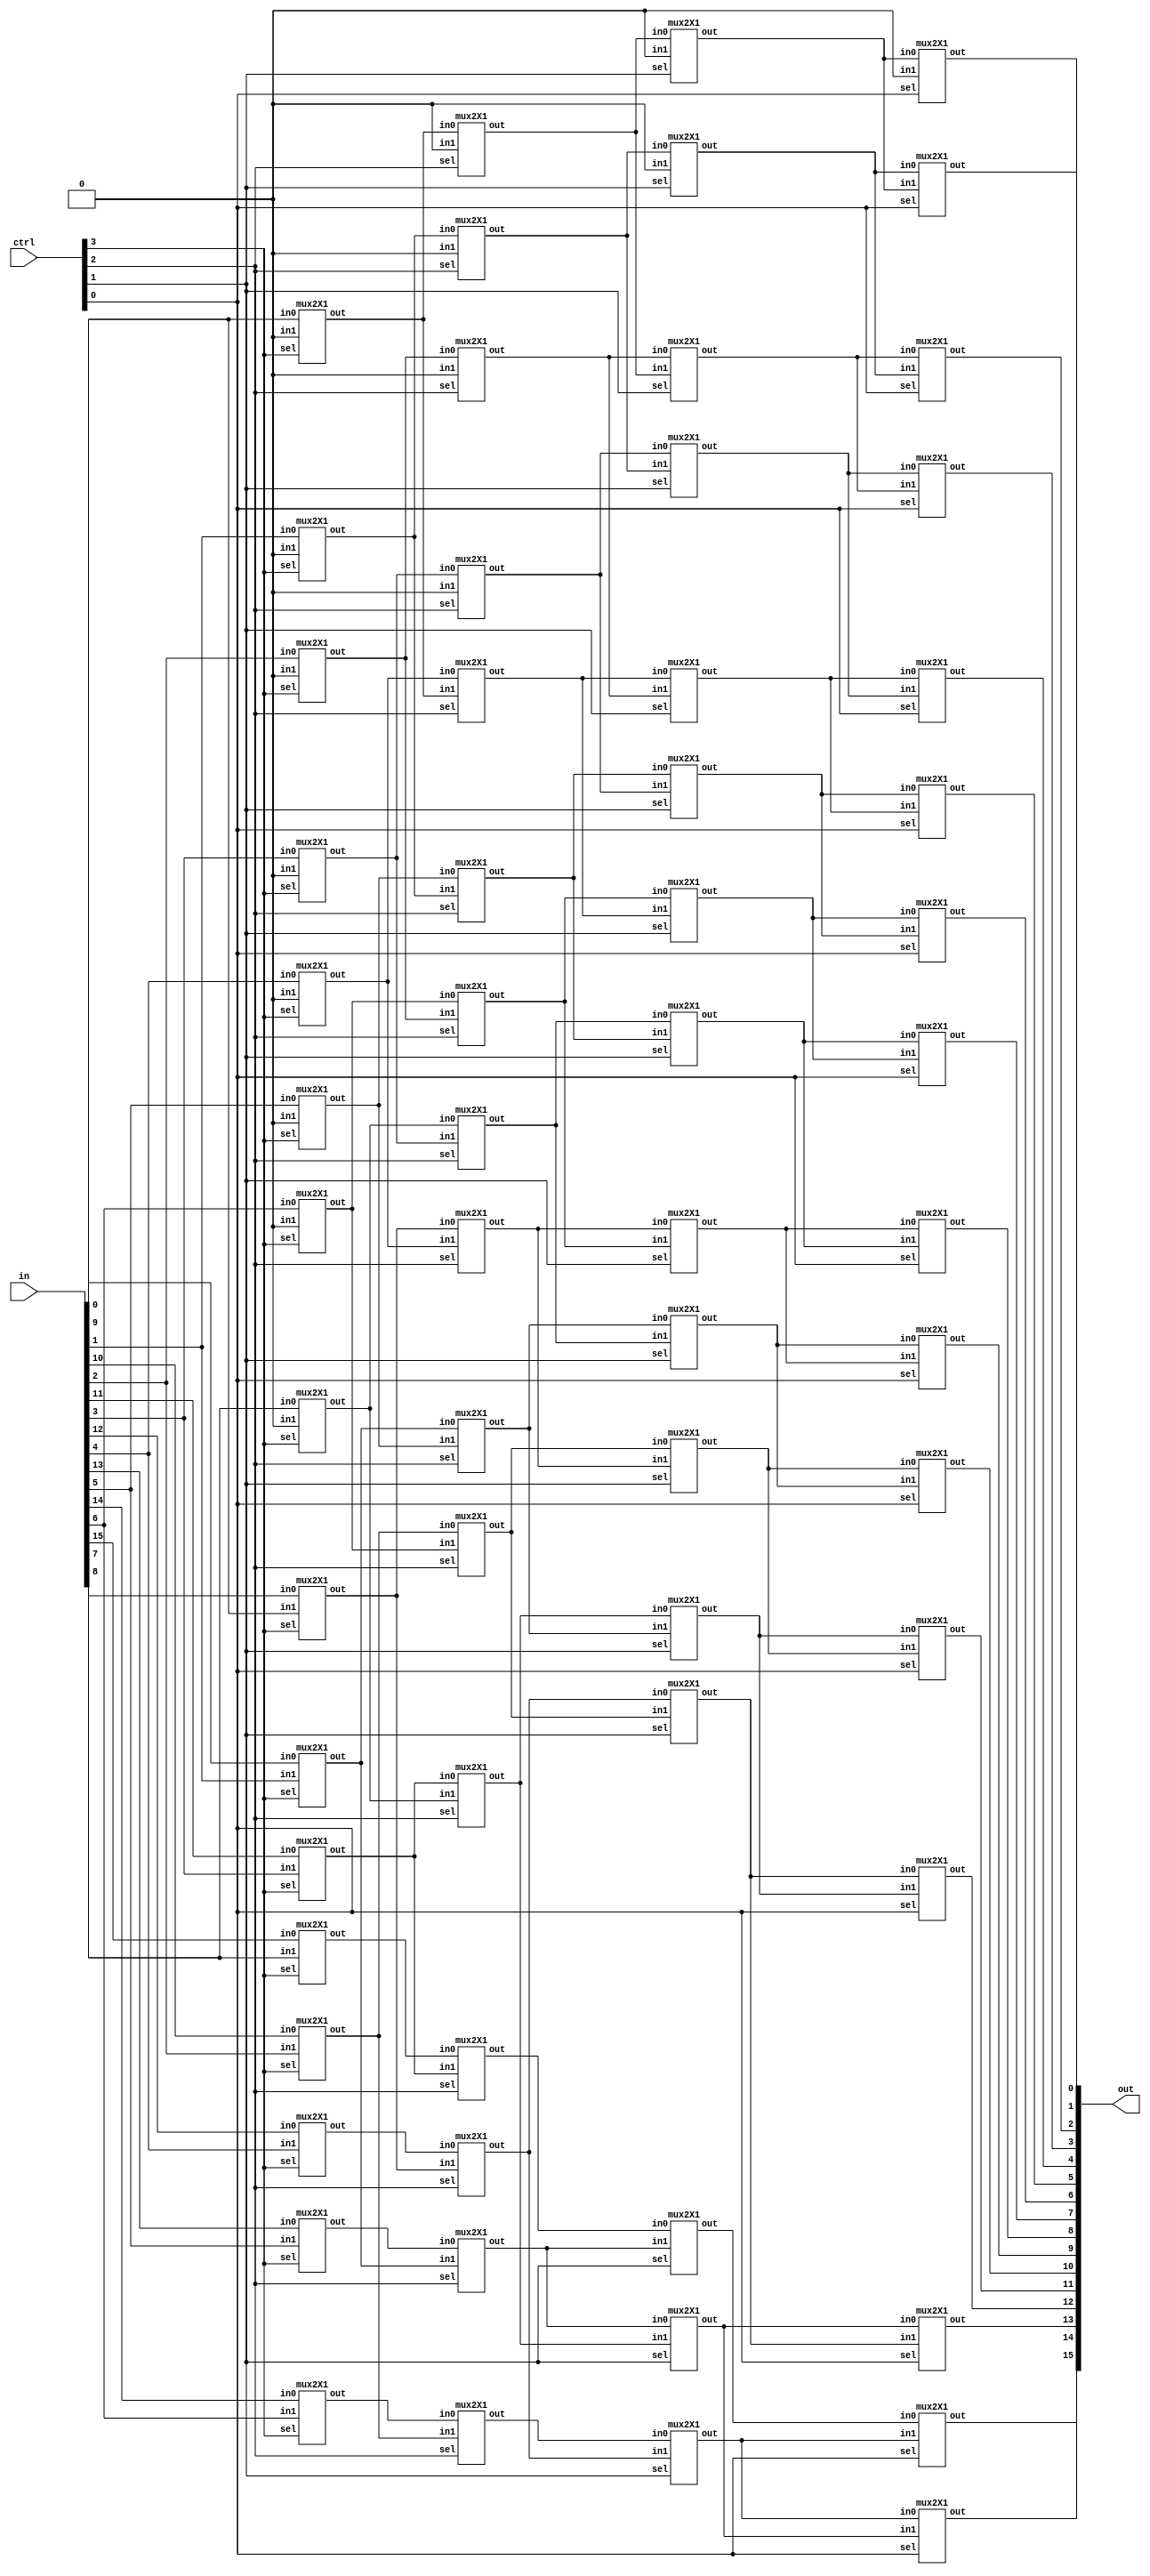

//16 bit barrel shifters
module barrel_shifter_left (input wire [15:0] in,input wire [3:0] ctrl,output wire [15:0] out);
  wire [0:15] x,y,z;


//1 bit shift left

mux2X1  ins_49 (.in0(y[0]),.in1(1'b0),.sel(ctrl[0]),.out(out[0]));
mux2X1  ins_50 (.in0(y[1]),.in1(y[0]),.sel(ctrl[0]),.out(out[1]));
mux2X1  ins_51 (.in0(y[2]),.in1(y[1]),.sel(ctrl[0]),.out(out[2]));
mux2X1  ins_52 (.in0(y[3]),.in1(y[2]),.sel(ctrl[0]),.out(out[3]));
mux2X1  ins_53 (.in0(y[4]),.in1(y[3]),.sel(ctrl[0]),.out(out[4]));
mux2X1  ins_54 (.in0(y[5]),.in1(y[4]),.sel(ctrl[0]),.out(out[5]));
mux2X1  ins_55 (.in0(y[6]),.in1(y[5]),.sel(ctrl[0]),.out(out[6]));
mux2X1  ins_56 (.in0(y[7]),.in1(y[6]),.sel(ctrl[0]),.out(out[7]));
mux2X1  ins_57 (.in0(y[8]),.in1(y[7]),.sel(ctrl[0]),.out(out[8]));
mux2X1  ins_58 (.in0(y[9]),.in1(y[8]),.sel(ctrl[0]),.out(out[9]));
mux2X1  ins_59 (.in0(y[10]),.in1(y[9]),.sel(ctrl[0]),.out(out[10]));
mux2X1  ins_60 (.in0(y[11]),.in1(y[10]),.sel(ctrl[0]),.out(out[11]));
mux2X1  ins_61 (.in0(y[12]),.in1(y[11]),.sel(ctrl[0]),.out(out[12]));
mux2X1  ins_62 (.in0(y[13]),.in1(y[12]),.sel(ctrl[0]),.out(out[13]));
mux2X1  ins_63 (.in0(y[14]),.in1(y[13]),.sel(ctrl[0]),.out(out[14]));
mux2X1  ins_64 (.in0(y[15]),.in1(y[14]),.sel(ctrl[0]),.out(out[15]));


//2 bit shift left
mux2X1  ins_33 (.in0(x[0]),.in1(1'b0),.sel(ctrl[1]),.out(y[0]));
mux2X1  ins_34 (.in0(x[1]),.in1(1'b0),.sel(ctrl[1]),.out(y[1]));
mux2X1  ins_35 (.in0(x[2]),.in1(x[0]),.sel(ctrl[1]),.out(y[2]));
mux2X1  ins_36 (.in0(x[3]),.in1(x[1]),.sel(ctrl[1]),.out(y[3]));
mux2X1  ins_37 (.in0(x[4]),.in1(x[2]),.sel(ctrl[1]),.out(y[4]));
mux2X1  ins_38 (.in0(x[5]),.in1(x[3]),.sel(ctrl[1]),.out(y[5]));
mux2X1  ins_39 (.in0(x[6]),.in1(x[4]),.sel(ctrl[1]),.out(y[6]));
mux2X1  ins_40 (.in0(x[7]),.in1(x[5]),.sel(ctrl[1]),.out(y[7]));
mux2X1  ins_41 (.in0(x[8]),.in1(x[6]),.sel(ctrl[1]),.out(y[8]));
mux2X1  ins_42 (.in0(x[9]),.in1(x[7]),.sel(ctrl[1]),.out(y[9]));
mux2X1  ins_43 (.in0(x[10]),.in1(x[8]),.sel(ctrl[1]),.out(y[10]));
mux2X1  ins_44 (.in0(x[11]),.in1(x[9]),.sel(ctrl[1]),.out(y[11]));
mux2X1  ins_45 (.in0(x[12]),.in1(x[10]),.sel(ctrl[1]),.out(y[12]));
mux2X1  ins_46 (.in0(x[13]),.in1(x[11]),.sel(ctrl[1]),.out(y[13]));
mux2X1  ins_47 (.in0(x[14]),.in1(x[12]),.sel(ctrl[1]),.out(y[14]));
mux2X1  ins_48 (.in0(x[15]),.in1(x[13]),.sel(ctrl[1]),.out(y[15]));

//4bit shift left
mux2X1  ins_17 (.in0(z[0]),.in1(1'b0),.sel(ctrl[2]),.out(x[0]));
mux2X1  ins_18(.in0(z[1]),.in1(1'b0),.sel(ctrl[2]),.out(x[1]));
mux2X1  ins_19 (.in0(z[2]),.in1(1'b0),.sel(ctrl[2]),.out(x[2]));
mux2X1  ins_20 (.in0(z[3]),.in1(1'b0),.sel(ctrl[2]),.out(x[3]));
mux2X1  ins_21 (.in0(z[4]),.in1(z[0]),.sel(ctrl[2]),.out(x[4]));
mux2X1  ins_22 (.in0(z[5]),.in1(z[1]),.sel(ctrl[2]),.out(x[5]));
mux2X1  ins_23 (.in0(z[6]),.in1(z[2]),.sel(ctrl[2]),.out(x[6]));
mux2X1  ins_24 (.in0(z[7]),.in1(z[3]),.sel(ctrl[2]),.out(x[7]));
mux2X1  ins_25 (.in0(z[8]),.in1(z[4]),.sel(ctrl[2]),.out(x[8]));
mux2X1  ins_26 (.in0(z[9]),.in1(z[5]),.sel(ctrl[2]),.out(x[9]));
mux2X1  ins_27 (.in0(z[10]),.in1(z[6]),.sel(ctrl[2]),.out(x[10]));
mux2X1  ins_28 (.in0(z[11]),.in1(z[7]),.sel(ctrl[2]),.out(x[11]));
mux2X1  ins_29 (.in0(z[12]),.in1(z[8]),.sel(ctrl[2]),.out(x[12]));
mux2X1  ins_30 (.in0(z[13]),.in1(z[9]),.sel(ctrl[2]),.out(x[13]));
mux2X1  ins_31 (.in0(z[14]),.in1(z[10]),.sel(ctrl[2]),.out(x[14]));
mux2X1  ins_32 (.in0(z[15]),.in1(z[11]),.sel(ctrl[2]),.out(x[15]));
 
 
//8bit shift left
mux2X1  ins_1 (.in0(in[0]),.in1(1'b0),.sel(ctrl[3]),.out(z[0]));
mux2X1  ins_2 (.in0(in[1]),.in1(1'b0),.sel(ctrl[3]),.out(z[1]));
mux2X1  ins_3 (.in0(in[2]),.in1(1'b0),.sel(ctrl[3]),.out(z[2]));
mux2X1  ins_4 (.in0(in[3]),.in1(1'b0),.sel(ctrl[3]),.out(z[3]));
mux2X1  ins_5 (.in0(in[4]),.in1(1'b0),.sel(ctrl[3]),.out(z[4]));
mux2X1  ins_6 (.in0(in[5]),.in1(1'b0),.sel(ctrl[3]),.out(z[5]));
mux2X1  ins_7 (.in0(in[6]),.in1(1'b0),.sel(ctrl[3]),.out(z[6]));
mux2X1  ins_8 (.in0(in[7]),.in1(1'b0),.sel(ctrl[3]),.out(z[7]));
mux2X1  ins_9 (.in0(in[8]),.in1(in[0]),.sel(ctrl[3]),.out(z[8]));
mux2X1  ins_10 (.in0(in[9]),.in1(in[1]),.sel(ctrl[3]),.out(z[9]));
mux2X1  ins_11 (.in0(in[10]),.in1(in[2]),.sel(ctrl[3]),.out(z[10]));
mux2X1  ins_12 (.in0(in[11]),.in1(in[3]),.sel(ctrl[3]),.out(z[11]));
mux2X1  ins_13 (.in0(in[12]),.in1(in[4]),.sel(ctrl[3]),.out(z[12]));
mux2X1  ins_14 (.in0(in[13]),.in1(in[5]),.sel(ctrl[3]),.out(z[13]));
mux2X1  ins_15 (.in0(in[14]),.in1(in[6]),.sel(ctrl[3]),.out(z[14]));
mux2X1  ins_16 (.in0(in[15]),.in1(in[7]),.sel(ctrl[3]),.out(z[15]));
 
 



 
endmodule



module rotator_left (input wire [15:0] in,input wire [3:0] ctrl,output wire [15:0] out);

  wire [0:15] x,y,z;
  
  //1 bit rotate 
mux2X1  ins_49 (.in0(y[0]),.in1(y[15]),.sel(ctrl[0]),.out(out[0]));
mux2X1  ins_50 (.in0(y[1]),.in1(y[0]),.sel(ctrl[0]),.out(out[1]));
mux2X1  ins_51 (.in0(y[2]),.in1(y[1]),.sel(ctrl[0]),.out(out[2]));
mux2X1  ins_52 (.in0(y[3]),.in1(y[2]),.sel(ctrl[0]),.out(out[3]));
mux2X1  ins_53 (.in0(y[4]),.in1(y[3]),.sel(ctrl[0]),.out(out[4]));
mux2X1  ins_54 (.in0(y[5]),.in1(y[4]),.sel(ctrl[0]),.out(out[5]));
mux2X1  ins_55 (.in0(y[6]),.in1(y[5]),.sel(ctrl[0]),.out(out[6]));
mux2X1  ins_56 (.in0(y[7]),.in1(y[6]),.sel(ctrl[0]),.out(out[7]));
mux2X1  ins_57 (.in0(y[8]),.in1(y[7]),.sel(ctrl[0]),.out(out[8]));
mux2X1  ins_58 (.in0(y[9]),.in1(y[8]),.sel(ctrl[0]),.out(out[9]));
mux2X1  ins_59 (.in0(y[10]),.in1(y[9]),.sel(ctrl[0]),.out(out[10]));
mux2X1  ins_60 (.in0(y[11]),.in1(y[10]),.sel(ctrl[0]),.out(out[11]));
mux2X1  ins_61 (.in0(y[12]),.in1(y[11]),.sel(ctrl[0]),.out(out[12]));
mux2X1  ins_62 (.in0(y[13]),.in1(y[12]),.sel(ctrl[0]),.out(out[13]));
mux2X1  ins_63 (.in0(y[14]),.in1(y[13]),.sel(ctrl[0]),.out(out[14]));
mux2X1  ins_64 (.in0(y[15]),.in1(y[14]),.sel(ctrl[0]),.out(out[15]));

//2 bit rotate 
 
mux2X1  ins_33 (.in0(x[0]),.in1(x[14]),.sel(ctrl[1]),.out(y[0]));
mux2X1  ins_34 (.in0(x[1]),.in1(x[15]),.sel(ctrl[1]),.out(y[1]));
mux2X1  ins_35 (.in0(x[2]),.in1(x[0]),.sel(ctrl[1]),.out(y[2]));
mux2X1  ins_36 (.in0(x[3]),.in1(x[1]),.sel(ctrl[1]),.out(y[3]));
mux2X1  ins_37 (.in0(x[4]),.in1(x[2]),.sel(ctrl[1]),.out(y[4]));
mux2X1  ins_38 (.in0(x[5]),.in1(x[3]),.sel(ctrl[1]),.out(y[5]));
mux2X1  ins_39 (.in0(x[6]),.in1(x[4]),.sel(ctrl[1]),.out(y[6]));
mux2X1  ins_40 (.in0(x[7]),.in1(x[5]),.sel(ctrl[1]),.out(y[7]));
mux2X1  ins_41 (.in0(x[8]),.in1(x[6]),.sel(ctrl[1]),.out(y[8]));
mux2X1  ins_42 (.in0(x[9]),.in1(x[7]),.sel(ctrl[1]),.out(y[9]));
mux2X1  ins_43 (.in0(x[10]),.in1(x[8]),.sel(ctrl[1]),.out(y[10]));
mux2X1  ins_44 (.in0(x[11]),.in1(x[9]),.sel(ctrl[1]),.out(y[11]));
mux2X1  ins_45 (.in0(x[12]),.in1(x[10]),.sel(ctrl[1]),.out(y[12]));
mux2X1  ins_46 (.in0(x[13]),.in1(x[11]),.sel(ctrl[1]),.out(y[13]));
mux2X1  ins_47 (.in0(x[14]),.in1(x[12]),.sel(ctrl[1]),.out(y[14]));
mux2X1  ins_48 (.in0(x[15]),.in1(x[13]),.sel(ctrl[1]),.out(y[15]));

//4bit rotate
mux2X1  ins_17 (.in0(z[0]),.in1(z[12]),.sel(ctrl[2]),.out(x[0]));
mux2X1  ins_18 (.in0(z[1]),.in1(z[13]),.sel(ctrl[2]),.out(x[1]));
mux2X1  ins_19 (.in0(z[2]),.in1(z[14]),.sel(ctrl[2]),.out(x[2]));
mux2X1  ins_20 (.in0(z[3]),.in1(z[15]),.sel(ctrl[2]),.out(x[3]));
mux2X1  ins_21 (.in0(z[4]),.in1(z[0]),.sel(ctrl[2]),.out(x[4]));
mux2X1  ins_22 (.in0(z[5]),.in1(z[1]),.sel(ctrl[2]),.out(x[5]));
mux2X1  ins_23 (.in0(z[6]),.in1(z[2]),.sel(ctrl[2]),.out(x[6]));
mux2X1  ins_24 (.in0(z[7]),.in1(z[3]),.sel(ctrl[2]),.out(x[7]));
mux2X1  ins_25 (.in0(z[8]),.in1(z[4]),.sel(ctrl[2]),.out(x[8]));
mux2X1  ins_26 (.in0(z[9]),.in1(z[5]),.sel(ctrl[2]),.out(x[9]));
mux2X1  ins_27 (.in0(z[10]),.in1(z[6]),.sel(ctrl[2]),.out(x[10]));
mux2X1  ins_28 (.in0(z[11]),.in1(z[7]),.sel(ctrl[2]),.out(x[11]));
mux2X1  ins_29 (.in0(z[12]),.in1(z[8]),.sel(ctrl[2]),.out(x[12]));
mux2X1  ins_30 (.in0(z[13]),.in1(z[9]),.sel(ctrl[2]),.out(x[13]));
mux2X1  ins_31 (.in0(z[14]),.in1(z[10]),.sel(ctrl[2]),.out(x[14]));
mux2X1  ins_32 (.in0(z[15]),.in1(z[11]),.sel(ctrl[2]),.out(x[15]));
 
 
//8bit rotate 
mux2X1  ins_1 (.in0(in[0]),.in1(in[8]),.sel(ctrl[3]),.out(z[0]));
mux2X1  ins_2 (.in0(in[1]),.in1(in[9]),.sel(ctrl[3]),.out(z[1]));
mux2X1  ins_3 (.in0(in[2]),.in1(in[10]),.sel(ctrl[3]),.out(z[2]));
mux2X1  ins_4 (.in0(in[3]),.in1(in[11]),.sel(ctrl[3]),.out(z[3]));
mux2X1  ins_5 (.in0(in[4]),.in1(in[12]),.sel(ctrl[3]),.out(z[4]));
mux2X1  ins_6 (.in0(in[5]),.in1(in[13]),.sel(ctrl[3]),.out(z[5]));
mux2X1  ins_7 (.in0(in[6]),.in1(in[14]),.sel(ctrl[3]),.out(z[6]));
mux2X1  ins_8 (.in0(in[7]),.in1(in[15]),.sel(ctrl[3]),.out(z[7]));
mux2X1  ins_9 (.in0(in[8]),.in1(in[16]),.sel(ctrl[3]),.out(z[8]));
mux2X1  ins_10 (.in0(in[9]),.in1(in[0]),.sel(ctrl[3]),.out(z[9]));
mux2X1  ins_11 (.in0(in[10]),.in1(in[1]),.sel(ctrl[3]),.out(z[10]));
mux2X1  ins_12 (.in0(in[11]),.in1(in[3]),.sel(ctrl[3]),.out(z[11]));
mux2X1  ins_13 (.in0(in[12]),.in1(in[4]),.sel(ctrl[3]),.out(z[12]));
mux2X1  ins_14 (.in0(in[13]),.in1(in[5]),.sel(ctrl[3]),.out(z[13]));
mux2X1  ins_15 (.in0(in[14]),.in1(in[6]),.sel(ctrl[3]),.out(z[14]));
mux2X1  ins_16 (.in0(in[15]),.in1(in[7]),.sel(ctrl[3]),.out(z[15]));



 

 
endmodule


module barrel_shifter_right (input wire [15:0] in,input wire [3:0] ctrl,output wire [15:0] out);
  wire [15:0] x,y,z;




//1 bit shift right
mux2X1  ins_49 (.in0(y[15]),.in1(1'b0),.sel(ctrl[0]),.out(out[15]));
mux2X1  ins_50 (.in0(y[14]),.in1(y[15]),.sel(ctrl[0]),.out(out[14]));
mux2X1  ins_51 (.in0(y[13]),.in1(y[14]),.sel(ctrl[0]),.out(out[13]));
mux2X1  ins_52 (.in0(y[12]),.in1(y[13]),.sel(ctrl[0]),.out(out[12]));
mux2X1  ins_53 (.in0(y[11]),.in1(y[12]),.sel(ctrl[0]),.out(out[11]));
mux2X1  ins_54 (.in0(y[10]),.in1(y[11]),.sel(ctrl[0]),.out(out[10]));
mux2X1  ins_55 (.in0(y[9]),.in1(y[10]),.sel(ctrl[0]),.out(out[9]));
mux2X1  ins_56 (.in0(y[8]),.in1(y[9]),.sel(ctrl[0]),.out(out[8]));
mux2X1  ins_57 (.in0(y[7]),.in1(y[8]),.sel(ctrl[0]),.out(out[7]));
mux2X1  ins_58 (.in0(y[6]),.in1(y[7]),.sel(ctrl[0]),.out(out[6]));
mux2X1  ins_59 (.in0(y[5]),.in1(y[6]),.sel(ctrl[0]),.out(out[5]));
mux2X1  ins_60 (.in0(y[4]),.in1(y[5]),.sel(ctrl[0]),.out(out[4]));
mux2X1  ins_61 (.in0(y[3]),.in1(y[4]),.sel(ctrl[0]),.out(out[3]));
mux2X1  ins_62 (.in0(y[2]),.in1(y[3]),.sel(ctrl[0]),.out(out[2]));
mux2X1  ins_63 (.in0(y[1]),.in1(y[2]),.sel(ctrl[0]),.out(out[1]));
mux2X1  ins_64 (.in0(y[0]),.in1(y[1]),.sel(ctrl[0]),.out(out[0]));

//2 bits shift right
 
mux2X1  ins_33 (.in0(x[15]),.in1(1'b0),.sel(ctrl[1]),.out(y[15]));
mux2X1  ins_34 (.in0(x[14]),.in1(1'b0),.sel(ctrl[1]),.out(y[14]));
mux2X1  ins_35 (.in0(x[13]),.in1(x[15]),.sel(ctrl[1]),.out(y[13]));
mux2X1  ins_36 (.in0(x[12]),.in1(x[14]),.sel(ctrl[1]),.out(y[12]));
mux2X1  ins_37 (.in0(x[11]),.in1(x[13]),.sel(ctrl[1]),.out(y[11]));
mux2X1  ins_38 (.in0(x[10]),.in1(x[12]),.sel(ctrl[1]),.out(y[10]));
mux2X1  ins_39 (.in0(x[9]),.in1(x[11]),.sel(ctrl[1]),.out(y[9]));
mux2X1  ins_40 (.in0(x[8]),.in1(x[10]),.sel(ctrl[1]),.out(y[8]));
mux2X1  ins_41 (.in0(x[7]),.in1(x[9]),.sel(ctrl[1]),.out(y[7]));
mux2X1  ins_42 (.in0(x[6]),.in1(x[8]),.sel(ctrl[1]),.out(y[6]));
mux2X1  ins_43 (.in0(x[5]),.in1(x[7]),.sel(ctrl[1]),.out(y[5]));
mux2X1  ins_44 (.in0(x[4]),.in1(x[6]),.sel(ctrl[1]),.out(y[4]));
mux2X1  ins_45 (.in0(x[3]),.in1(x[5]),.sel(ctrl[1]),.out(y[3]));
mux2X1  ins_46 (.in0(x[2]),.in1(x[4]),.sel(ctrl[1]),.out(y[2]));
mux2X1  ins_47 (.in0(x[1]),.in1(x[3]),.sel(ctrl[1]),.out(y[1]));
mux2X1  ins_48 (.in0(x[0]),.in1(x[2]),.sel(ctrl[1]),.out(y[0]));


//4bits shift right
mux2X1  ins_17 (.in0(z[15]),.in1(1'b0),.sel(ctrl[2]),.out(x[15]));
mux2X1  ins_18 (.in0(z[14]),.in1(1'b0),.sel(ctrl[2]),.out(x[14]));
mux2X1  ins_19 (.in0(z[13]),.in1(1'b0),.sel(ctrl[2]),.out(x[13]));
mux2X1  ins_20 (.in0(z[12]),.in1(1'b0),.sel(ctrl[2]),.out(x[12]));
mux2X1  ins_21 (.in0(z[11]),.in1(z[15]),.sel(ctrl[2]),.out(x[11]));
mux2X1  ins_22 (.in0(z[10]),.in1(z[14]),.sel(ctrl[2]),.out(x[10]));
mux2X1  ins_23 (.in0(z[9]),.in1(z[13]),.sel(ctrl[2]),.out(x[9]));
mux2X1  ins_24 (.in0(z[8]),.in1(z[12]),.sel(ctrl[2]),.out(x[8]));
mux2X1  ins_25 (.in0(z[7]),.in1(z[11]),.sel(ctrl[2]),.out(x[7]));
mux2X1  ins_26 (.in0(z[6]),.in1(z[10]),.sel(ctrl[2]),.out(x[6]));
mux2X1  ins_27 (.in0(z[5]),.in1(z[9]),.sel(ctrl[2]),.out(x[5]));
mux2X1  ins_28 (.in0(z[4]),.in1(z[8]),.sel(ctrl[2]),.out(x[4]));
mux2X1  ins_29 (.in0(z[3]),.in1(in[7]),.sel(ctrl[2]),.out(x[3]));
mux2X1  ins_30 (.in0(z[2]),.in1(in[6]),.sel(ctrl[2]),.out(x[2]));
mux2X1  ins_31 (.in0(z[1]),.in1(in[5]),.sel(ctrl[2]),.out(x[1]));
mux2X1  ins_32 (.in0(z[0]),.in1(in[4]),.sel(ctrl[2]),.out(x[0]));
 
//8bits shift right 
mux2X1  ins_1 (.in0(in[15]),.in1(1'b0),.sel(ctrl[3]),.out(z[15]));
mux2X1  ins_2 (.in0(in[14]),.in1(1'b0),.sel(ctrl[3]),.out(z[14]));
mux2X1  ins_3 (.in0(in[13]),.in1(1'b0),.sel(ctrl[3]),.out(z[13]));
mux2X1  ins_4 (.in0(in[12]),.in1(1'b0),.sel(ctrl[3]),.out(z[12]));
mux2X1  ins_5 (.in0(in[11]),.in1(1'b0),.sel(ctrl[3]),.out(z[11]));
mux2X1  ins_6 (.in0(in[10]),.in1(1'b0),.sel(ctrl[3]),.out(z[10]));
mux2X1  ins_7 (.in0(in[9]),.in1(1'b0),.sel(ctrl[3]),.out(z[9]));
mux2X1  ins_8 (.in0(in[8]),.in1(1'b0),.sel(ctrl[3]),.out(z[8]));
mux2X1  ins_9 (.in0(in[7]),.in1(in[15]),.sel(ctrl[3]),.out(z[7]));
mux2X1  ins_10 (.in0(in[6]),.in1(in[14]),.sel(ctrl[3]),.out(z[6]));
mux2X1  ins_11 (.in0(in[5]),.in1(in[13]),.sel(ctrl[3]),.out(z[5]));
mux2X1  ins_12 (.in0(in[4]),.in1(in[12]),.sel(ctrl[3]),.out(z[4]));
mux2X1  ins_13 (.in0(in[3]),.in1(in[11]),.sel(ctrl[3]),.out(z[3]));
mux2X1  ins_14 (.in0(in[2]),.in1(in[10]),.sel(ctrl[3]),.out(z[2]));
mux2X1  ins_15 (.in0(in[1]),.in1(in[9]),.sel(ctrl[3]),.out(z[1]));
mux2X1  ins_16 (.in0(in[0]),.in1(in[8]),.sel(ctrl[3]),.out(z[0]));
 

 


endmodule



module rotator_right (input wire [15:0] in,input wire [3:0] ctrl,output wire [15:0] out);
  wire [15:0] x,y,z;


//1 bit shift right
mux2X1  ins_49 (.in0(y[15]),.in1(y[0]),.sel(ctrl[0]),.out(out[15]));
mux2X1  ins_50 (.in0(y[14]),.in1(y[15]),.sel(ctrl[0]),.out(out[14]));
mux2X1  ins_51 (.in0(y[13]),.in1(y[14]),.sel(ctrl[0]),.out(out[13]));
mux2X1  ins_52 (.in0(y[12]),.in1(y[13]),.sel(ctrl[0]),.out(out[12]));
mux2X1  ins_53 (.in0(y[11]),.in1(y[12]),.sel(ctrl[0]),.out(out[11]));
mux2X1  ins_54 (.in0(y[10]),.in1(y[11]),.sel(ctrl[0]),.out(out[10]));
mux2X1  ins_55 (.in0(y[9]),.in1(y[10]),.sel(ctrl[0]),.out(out[9]));
mux2X1  ins_56 (.in0(y[8]),.in1(y[9]),.sel(ctrl[0]),.out(out[8]));
mux2X1  ins_57 (.in0(y[7]),.in1(y[8]),.sel(ctrl[0]),.out(out[7]));
mux2X1  ins_58 (.in0(y[6]),.in1(y[7]),.sel(ctrl[0]),.out(out[6]));
mux2X1  ins_59 (.in0(y[5]),.in1(y[6]),.sel(ctrl[0]),.out(out[5]));
mux2X1  ins_60 (.in0(y[4]),.in1(y[5]),.sel(ctrl[0]),.out(out[4]));
mux2X1  ins_61 (.in0(y[3]),.in1(y[4]),.sel(ctrl[0]),.out(out[3]));
mux2X1  ins_62 (.in0(y[2]),.in1(y[3]),.sel(ctrl[0]),.out(out[2]));
mux2X1  ins_63 (.in0(y[1]),.in1(y[2]),.sel(ctrl[0]),.out(out[1]));
mux2X1  ins_64 (.in0(y[0]),.in1(y[1]),.sel(ctrl[0]),.out(out[0]));

//2 bit shift right
 
mux2X1  ins_33 (.in0(x[15]),.in1(x[1]),.sel(ctrl[1]),.out(y[15]));
mux2X1  ins_34 (.in0(x[14]),.in1(x[0]),.sel(ctrl[1]),.out(y[14]));
mux2X1  ins_35 (.in0(x[13]),.in1(x[15]),.sel(ctrl[1]),.out(y[13]));
mux2X1  ins_36 (.in0(x[12]),.in1(x[14]),.sel(ctrl[1]),.out(y[12]));
mux2X1  ins_37 (.in0(x[11]),.in1(x[13]),.sel(ctrl[1]),.out(y[11]));
mux2X1  ins_38 (.in0(x[10]),.in1(x[12]),.sel(ctrl[1]),.out(y[10]));
mux2X1  ins_39 (.in0(x[9]),.in1(x[11]),.sel(ctrl[1]),.out(y[9]));
mux2X1  ins_40 (.in0(x[8]),.in1(x[10]),.sel(ctrl[1]),.out(y[8]));
mux2X1  ins_41 (.in0(x[7]),.in1(x[9]),.sel(ctrl[1]),.out(y[7]));
mux2X1  ins_42 (.in0(x[6]),.in1(x[8]),.sel(ctrl[1]),.out(y[6]));
mux2X1  ins_43 (.in0(x[5]),.in1(x[7]),.sel(ctrl[1]),.out(y[5]));
mux2X1  ins_44 (.in0(x[4]),.in1(x[6]),.sel(ctrl[1]),.out(y[4]));
mux2X1  ins_45 (.in0(x[3]),.in1(x[5]),.sel(ctrl[1]),.out(y[3]));
mux2X1  ins_46 (.in0(x[2]),.in1(x[4]),.sel(ctrl[1]),.out(y[2]));
mux2X1  ins_47 (.in0(x[1]),.in1(x[3]),.sel(ctrl[1]),.out(y[1]));
mux2X1  ins_48 (.in0(x[0]),.in1(x[2]),.sel(ctrl[1]),.out(y[0]));

//4bit shift right
mux2X1  ins_17 (.in0(z[15]),.in1(z[3]),.sel(ctrl[2]),.out(x[15]));
mux2X1  ins_18 (.in0(z[14]),.in1(z[2]),.sel(ctrl[2]),.out(x[14]));
mux2X1  ins_19 (.in0(z[13]),.in1(z[1]),.sel(ctrl[2]),.out(x[13]));
mux2X1  ins_20 (.in0(z[12]),.in1(z[0]),.sel(ctrl[2]),.out(x[12]));
mux2X1  ins_21 (.in0(z[11]),.in1(z[15]),.sel(ctrl[2]),.out(x[11]));
mux2X1  ins_22 (.in0(z[10]),.in1(z[14]),.sel(ctrl[2]),.out(x[10]));
mux2X1  ins_23 (.in0(z[9]),.in1(z[13]),.sel(ctrl[2]),.out(x[9]));
mux2X1  ins_24 (.in0(z[8]),.in1(z[12]),.sel(ctrl[2]),.out(x[8]));
mux2X1  ins_25 (.in0(z[7]),.in1(z[11]),.sel(ctrl[2]),.out(x[7]));
mux2X1  ins_26 (.in0(z[6]),.in1(z[10]),.sel(ctrl[2]),.out(x[6]));
mux2X1  ins_27 (.in0(z[5]),.in1(z[9]),.sel(ctrl[2]),.out(x[5]));
mux2X1  ins_28 (.in0(z[4]),.in1(z[8]),.sel(ctrl[2]),.out(x[4]));
mux2X1  ins_29 (.in0(z[3]),.in1(in[7]),.sel(ctrl[2]),.out(x[3]));
mux2X1  ins_30 (.in0(z[2]),.in1(in[6]),.sel(ctrl[2]),.out(x[2]));
mux2X1  ins_31 (.in0(z[1]),.in1(in[5]),.sel(ctrl[2]),.out(x[1]));
mux2X1  ins_32 (.in0(z[0]),.in1(in[4]),.sel(ctrl[2]),.out(x[0]));


//8bit shift right 
mux2X1  ins_1 (.in0(in[15]),.in1(in[7]),.sel(ctrl[3]),.out(z[15]));
mux2X1  ins_2 (.in0(in[14]),.in1(in[6]),.sel(ctrl[3]),.out(z[14]));
mux2X1  ins_3 (.in0(in[13]),.in1(in[5]),.sel(ctrl[3]),.out(z[13]));
mux2X1  ins_4 (.in0(in[12]),.in1(in[4]),.sel(ctrl[3]),.out(z[12]));
mux2X1  ins_5 (.in0(in[11]),.in1(in[3]),.sel(ctrl[3]),.out(z[11]));
mux2X1  ins_6 (.in0(in[10]),.in1(in[2]),.sel(ctrl[3]),.out(z[10]));
mux2X1  ins_7 (.in0(in[9]),.in1(in[1]),.sel(ctrl[3]),.out(z[9]));
mux2X1  ins_8 (.in0(in[8]),.in1(in[0]),.sel(ctrl[3]),.out(z[8]));
mux2X1  ins_9 (.in0(in[7]),.in1(in[15]),.sel(ctrl[3]),.out(z[7]));
mux2X1  ins_10 (.in0(in[6]),.in1(in[14]),.sel(ctrl[3]),.out(z[6]));
mux2X1  ins_11 (.in0(in[5]),.in1(in[13]),.sel(ctrl[3]),.out(z[5]));
mux2X1  ins_12 (.in0(in[4]),.in1(in[12]),.sel(ctrl[3]),.out(z[4]));
mux2X1  ins_13 (.in0(in[3]),.in1(in[11]),.sel(ctrl[3]),.out(z[3]));
mux2X1  ins_14 (.in0(in[2]),.in1(in[10]),.sel(ctrl[3]),.out(z[2]));
mux2X1  ins_15 (.in0(in[1]),.in1(in[9]),.sel(ctrl[3]),.out(z[1]));
mux2X1  ins_16 (.in0(in[0]),.in1(in[8]),.sel(ctrl[3]),.out(z[0]));
 

 

 

 
endmodule
module alu(input wire [15:0] in,input wire [3:0] ctrl,input wire [1:0] op, output wire [15:0] out);
   
   wire [15:0] l,m,n,o;

barrel_shifter_left bs_left(in, ctrl, l);
barrel_shifter_right bs_right(in, ctrl, m);
rotator_left rotate_l(in, ctrl, n);
rotator_right rotate_r(in, ctrl,o);

mux4 inst1(l[0],m[0],n[0], o[0], op[0],op[1],out[0]);
mux4 inst2(l[1],m[1],n[1], o[1], op[0],op[1],out[1]);
mux4 inst3(l[2],m[2],n[2], o[2], op[0],op[1],out[2]);
mux4 inst4(l[3],m[3],n[3], o[3], op[0],op[1],out[3]);
mux4 inst5(l[4],m[4],n[4], o[4], op[0],op[1],out[4]);
mux4 inst6(l[5],m[5],n[5], o[5], op[0],op[1],out[5]);
mux4 inst7(l[6],m[6],n[6], o[6], op[0],op[1],out[6]);
mux4 inst8(l[7],m[7],n[7], o[7], op[0],op[1],out[7]);
mux4 inst9(l[8],m[8],n[8], o[8], op[0],op[1],out[8]);
mux4 inst10(l[9],m[9],n[9], o[9], op[0],op[1],out[9]);
mux4 inst11(l[10],m[10],n[10], o[10], op[0],op[1],out[10]);
mux4 inst12(l[11],m[11],n[11], o[11], op[0],op[1],out[11]);
mux4 inst13(l[12],m[12],n[12], o[12], op[0],op[1],out[12]);
mux4 inst14(l[13],m[13],n[13], o[13], op[0],op[1],out[13]);
mux4 inst15(l[14],m[14],n[14], o[14], op[0],op[1],out[14]);
mux4 inst16(l[15],m[15],n[15], o[15], op[0],op[1],out[15]);
endmodule

/////////////////////////
//2X1 Mux
/////////////////////////
 module mux2X1( in0,in1,sel,out);
input in0,in1,sel;
output out;
assign out=(sel)?in1:in0;
endmodule

module mux4 (i0,i1,i2,i3, j0,j1,o);
  input i0,i1,i2,i3,j0,j1;
  output o;
  wire  t0, t1;
  mux2X1 mux2_0 (i0, i1, j0, t0);
  mux2X1 mux2_1 (i2, i3, j0, t1);
  mux2X1 mux2_2(t0,t1,j1,o);
endmodule